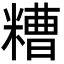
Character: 糟